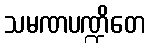
သမဏပဏ္ဍိတေ